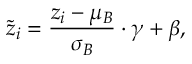
\tilde { z } _ { i } = \frac { z _ { i } - \mu _ { B } } { \sigma _ { B } } \cdot \gamma + \beta ,